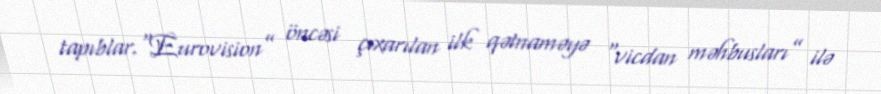
tapıblar.“Eurovision” öncəsi çıxarılan ilk qətnaməyə “vicdan məhbusları” ilə